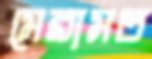
মেরামত